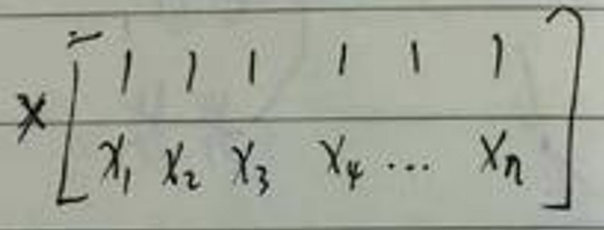
$x\begin{bmatrix}1&1&1&1&1&1\\x_1&x_2&x_3&x_4&\cdots&x_n\end{bmatrix}$